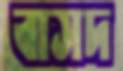
বাসদ